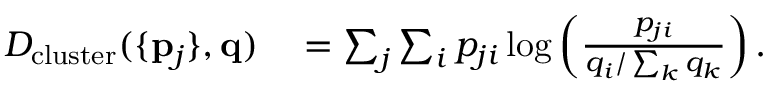
\begin{array} { r l } { D _ { \mathrm { c l u s t e r } } ( \{ \mathbf { p } _ { j } \} , \mathbf { q } ) } & { { } = \sum _ { j } \sum _ { i } p _ { j i } \log \left( \frac { p _ { j i } } { q _ { i } / \sum _ { k } q _ { k } } \right) . } \end{array}